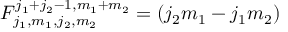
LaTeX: F _ { j _ { 1 } , m _ { 1 } , j _ { 2 } , m _ { 2 } } ^ { j _ { 1 } + j _ { 2 } - 1 , m _ { 1 } + m _ { 2 } } = ( j _ { 2 } m _ { 1 } - j _ { 1 } m _ { 2 } )